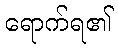
ရောက်ရ၏